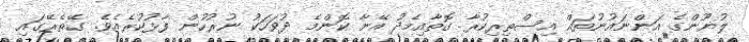
ލުޔޫންގެ އަންނައުނުތައް އިސްތިރިކުރާ ގޮތާއިމެދު އޭނާ ކޮންމެ ދުވަހަކު ނުރުހުން ފާޅުކުރެއެވެ. ގޭތެރޭގައި